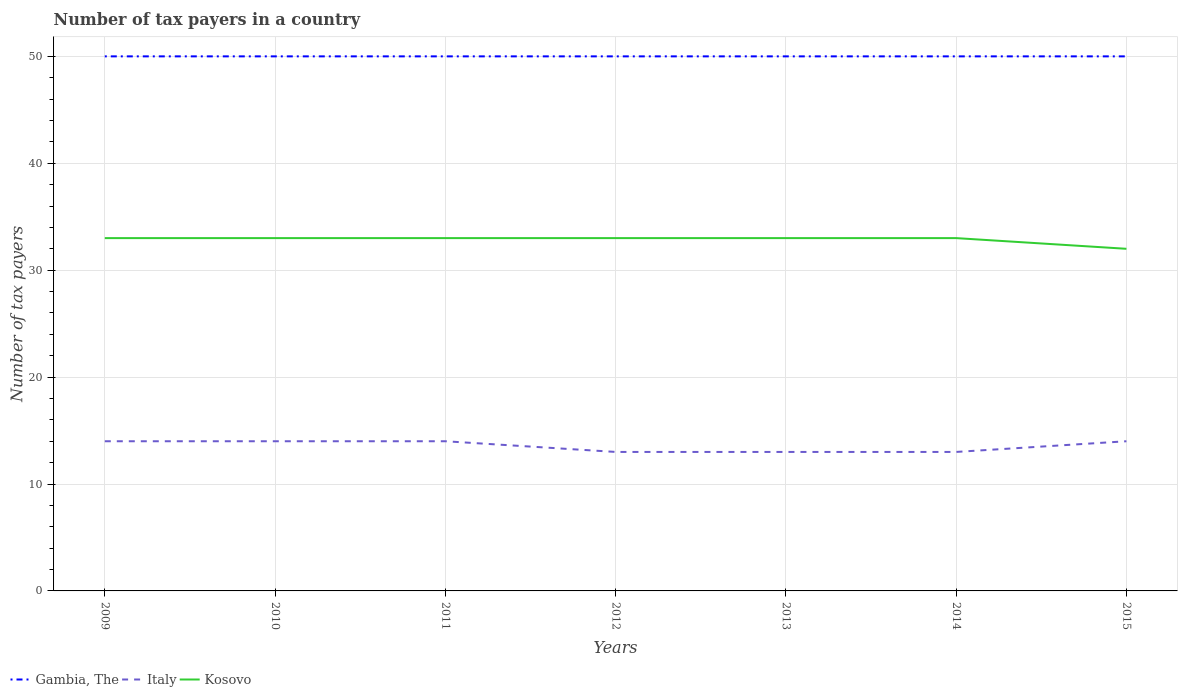
| Years | Gambia, The | Italy | Kosovo |
 | --- | --- | --- | --- |
 | 2009 | 50 | 14 | 33 |
 | 2010 | 50 | 14 | 33 |
 | 2011 | 50 | 14 | 33 |
 | 2012 | 50 | 13 | 33 |
 | 2013 | 50 | 13 | 33 |
 | 2014 | 50 | 13 | 33 |
 | 2015 | 50 | 14 | 32 |